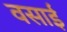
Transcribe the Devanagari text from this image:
वसाई